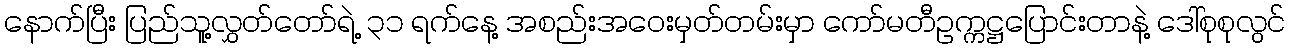
နောက်ပြီး ပြည်သူ့လွှတ်တော်ရဲ့ ၃၁ ရက်နေ့ အစည်းအဝေးမှတ်တမ်းမှာ ကော်မတီဥက္ကဋ္ဌပြောင်းတာနဲ့ ဒေါ်စုစုလွင်